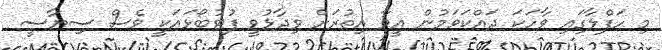
މި ހަފްލާގައި ވާހަކަ ދައްކަވަމުން އީވާ އިތުރަށް ވިދާޅުވީ ފުޓުބޯޅައަކީ ވެސް ސިޔާސީ